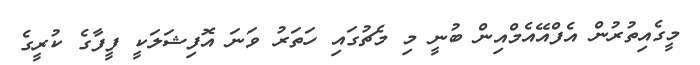
މީގެއިތުރުން އެފްއޭއެމްއިން ބުނީ މި މެޗުގައި ހަތަރު ވަނަ އޮފިޝަލަކީ ފީފާގެ ކުރީގެ